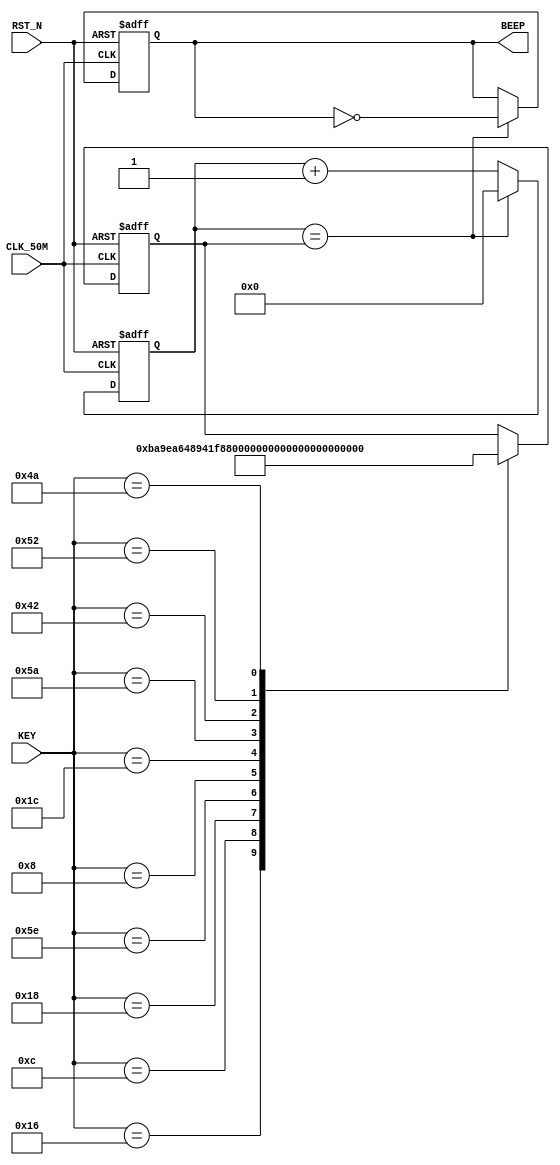
//---------------------------------------------------------------------------
//--			:	Beep_Module.v
//--			:	ZIRCON
//--			:	
//--		:	2014-1-1
//---------------------------------------------------------------------------
module Beep_Module
(
	//
	CLK_50M,RST_N,KEY,
	//
	BEEP
);

//---------------------------------------------------------------------------
//--	
//---------------------------------------------------------------------------
input					CLK_50M;					//,50MHz
input					RST_N;					//,
input 	[ 7:0]	KEY;						//
output				BEEP;						//

//---------------------------------------------------------------------------
//--	
//---------------------------------------------------------------------------
reg		[15:0]	time_cnt;				//
reg		[15:0]	time_cnt_n;				//time_cnt
reg		[15:0]	freq;						//
reg		[15:0]	freq_n;					//
reg					beep_reg;				//
reg					beep_reg_n;				//beep_reg

//---------------------------------------------------------------------------
//--		
//---------------------------------------------------------------------------
//time_cnt
always @ (posedge CLK_50M or negedge RST_N)
begin
	if(!RST_N)									//
		time_cnt <= 16'b0;						//time_cnt
	else
		time_cnt <= time_cnt_n;				//time_cnt
end

//,, 
always @ (*)
begin
	if(time_cnt == freq)						//
		time_cnt_n = 16'b0;					//
	else
		time_cnt_n = time_cnt + 1'b1;		//

end

//beep_reg
always @ (posedge CLK_50M or negedge RST_N)
begin
	if(!RST_N)									//
		beep_reg <= 1'b0;						//beep_reg
	else
		beep_reg <= beep_reg_n;				//beep_reg
end

//,,
always @ (*)
begin
	if(time_cnt == freq)						//
		beep_reg_n = ~beep_reg;				//
	else
		beep_reg_n = beep_reg;				//
end

//beep_reg
always @ (posedge CLK_50M or negedge RST_N)
begin
	if(!RST_N)									//
		freq <= 16'b0;							//beep_reg
	else
		freq <= freq_n;						//beep_reg
end

//
//do523.3hzfreq = 50 * 10^6 / (523 * 2) = 47774
always @ (*)
begin
	case(KEY)
		8'h16: freq_n = 16'd0;			//
		8'h0C: freq_n = 16'd47774; 	//1262Hz
		8'h18: freq_n = 16'd42568; 	//2587.3Hz
		8'h5E: freq_n = 16'd37919; 	//3659.3Hz
		8'h08: freq_n = 16'd35791; 	//4698.5Hz
		8'h1C: freq_n = 16'd31888; 	//5784Hz
		8'h5A: freq_n = 16'd28409; 	//6880Hz
		8'h42: freq_n = 16'd25309; 	//7987.8Hz
		8'h52: freq_n = 16'd23889; 	//11046.5Hz
		8'h4A: freq_n = 16'd21276; 	//21175Hz
		default	  : freq_n = freq;
	endcase
end

assign BEEP = beep_reg;		//,BEEP

endmodule